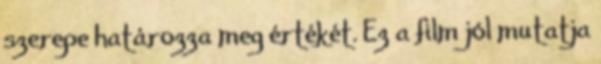
szerepe határozza meg értékét. Ez a film jól mutatja